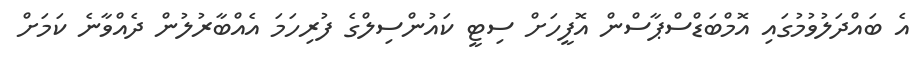
އެ ބައްދަލުވުމުގައި އޮމްބަޑްސްޕާސްން އޮފީހަށް ސިޓީ ކައުންސިލްގެ ފުރިހަމަ އެއްބާރުލުން ދެއްވާނެ ކަމަށް